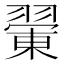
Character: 𦑿